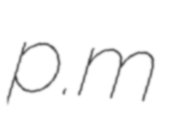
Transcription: p.m